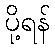
ပို့ရန်